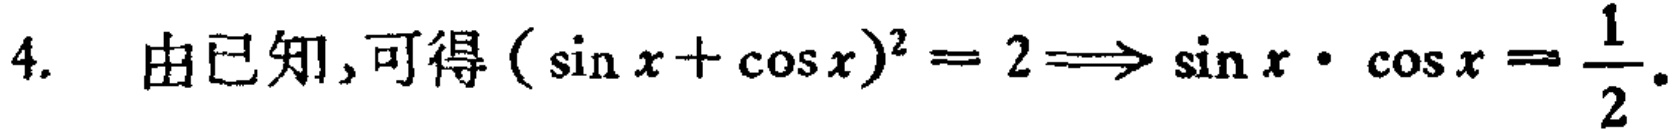
4. 由已知,可得\((\sin x+\cos x)^{2}=2\Longrightarrow \sin x\cdot\cos x = \frac{1}{2}\).